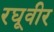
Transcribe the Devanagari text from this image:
रघूवीर